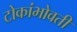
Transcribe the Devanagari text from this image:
टोकांभोवती